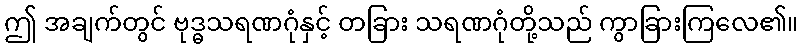
ဤ အချက်တွင် ဗုဒ္ဓသရဏဂုံနှင့် တခြား သရဏဂုံတို့သည် ကွာခြားကြလေ၏။